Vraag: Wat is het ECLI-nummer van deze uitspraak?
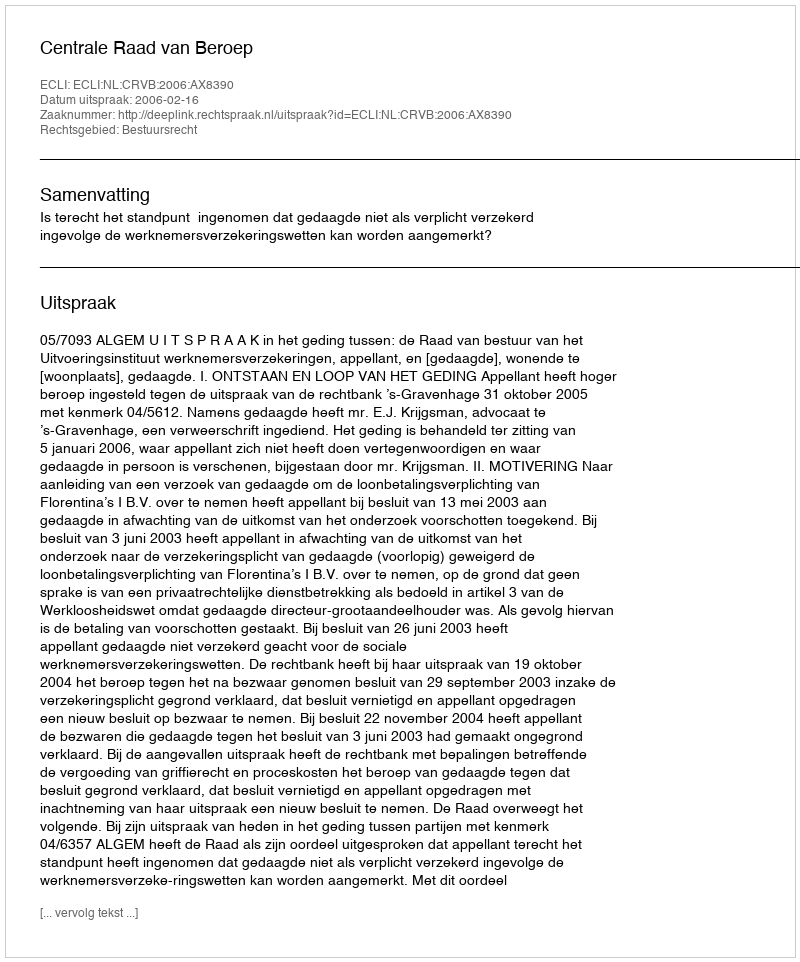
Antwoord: ECLI:NL:CRVB:2006:AX8390